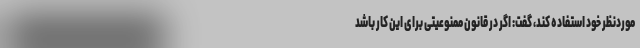
موردنظر خود استفاده کند، گفت: اگر در قانون ممنوعیتی برای این کار باشد